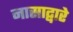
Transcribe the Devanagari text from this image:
नासाद्वारे